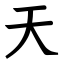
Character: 天